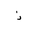
Letter: _thal